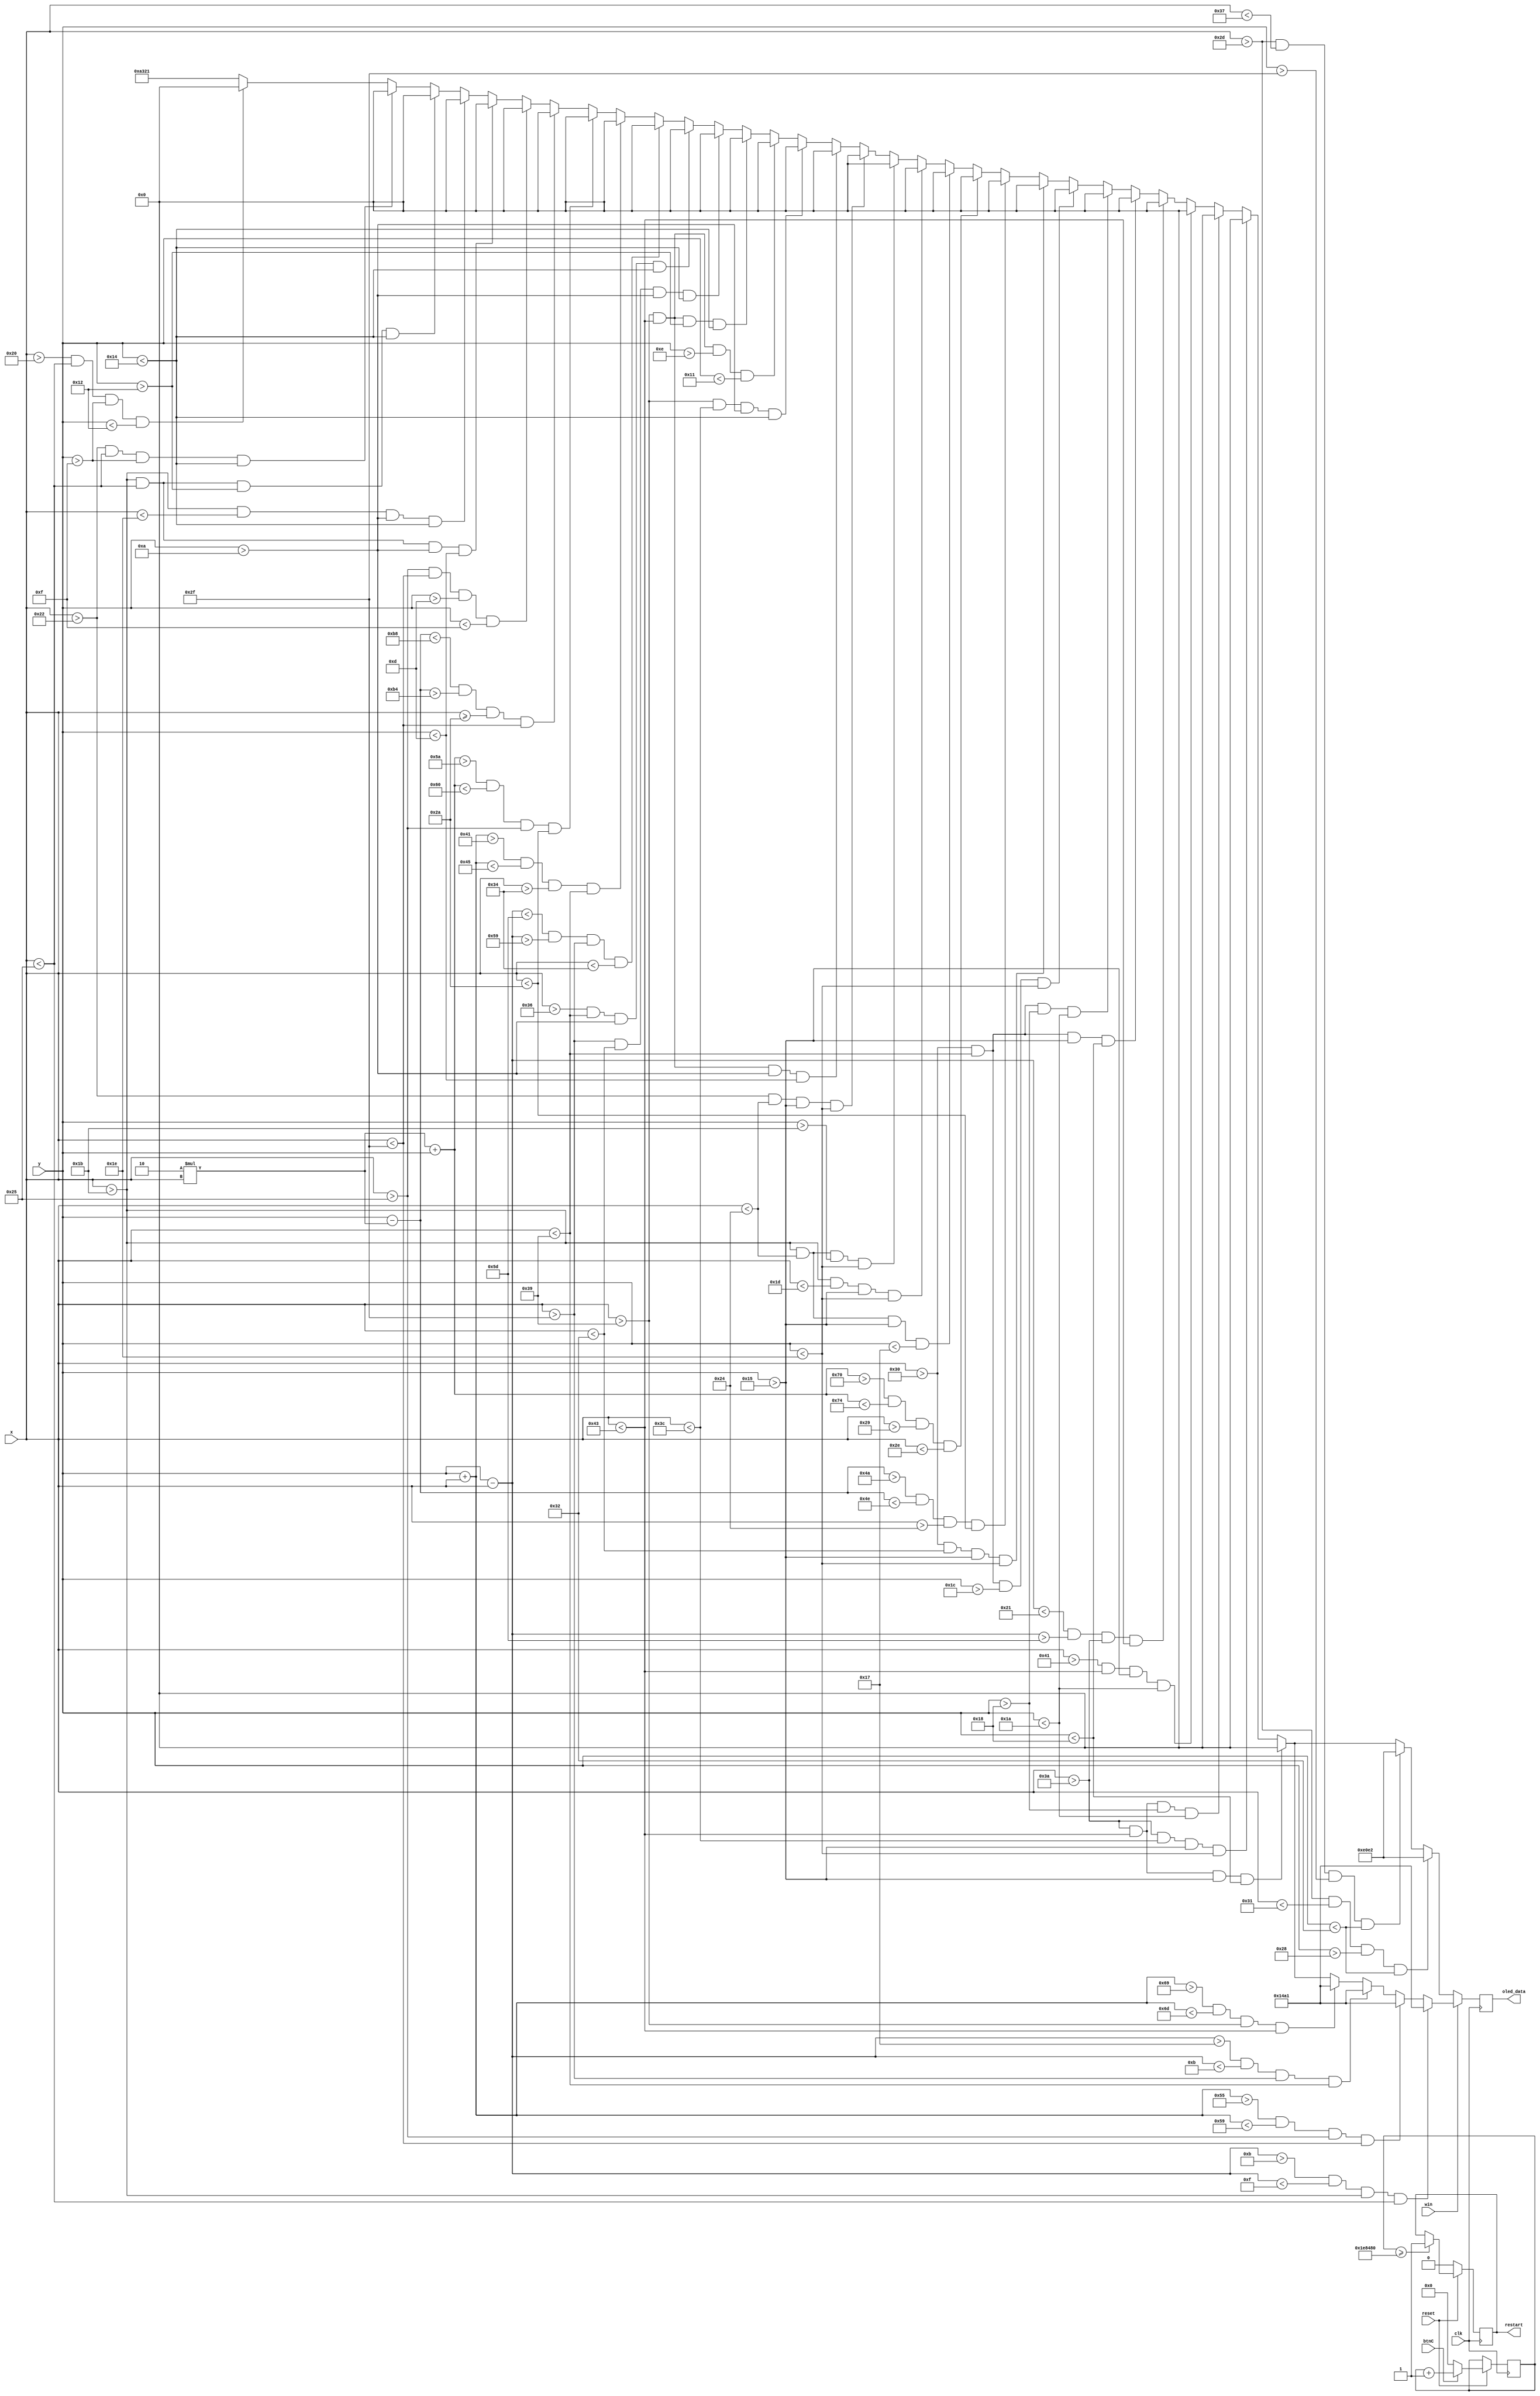
`timescale 1ns / 1ps
//////////////////////////////////////////////////////////////////////////////////
// Company: 
// Engineer: 
// 
// Design Name: 
// Module Name: end_screen
// Project Name: 
// Target Devices: 
// Tool Versions: 
// Description: 
// 
// Dependencies: 
// 
// Revision:
// Revision 0.01 - File Created
// Additional Comments:
// 
//////////////////////////////////////////////////////////////////////////////////


module end_screen(
    input [63:0] x,
    input [63:0] y,
    input clk,
    input btnC,
    input win,
    input reset,
    output reg [15:0] oled_data,
    output reg restart = 0
    );
    
    reg btnC_prev = 0;
    reg [31:0] debounce;
    
    localparam [63:0] centerx = 47;
    localparam [63:0] centery = 31;
    localparam [15:0] brown = 16'b10100_011001_00001;
    localparam [15:0] black = 16'b00000_000000_00000;
    localparam [15:0] red = 16'b11100_000111_00010;
    localparam [15:0] green = 16'b00010_100101_00001;
    
    always @ (posedge clk) begin
        oled_data <= brown;
        
        //G
        if (x>centerx - 20 && x< centerx-10 && y >10 && y< 13) begin
            oled_data <= black;
        end
        else if (x >centerx-20 && x < centerx-17 && y>10 && y<20) begin
            oled_data <= black;
        end
        else if (x > centerx-20 && x < centerx-10 && y>18 && y<20) begin
            oled_data <= black;
        end
        else if (x > centerx-13 && x < centerx-10 && y>15 && y <20) begin
            oled_data <= black;
        end
        else if ( x>centerx-15 && x<centerx-10 && y>15 && y<18) begin
            oled_data <= black;
        end
        
        //A
        if ($signed(2*x + y) > 90 && $signed(2*x + y) <96 && x>centerx-10 && x<centerx-5 ) begin
            oled_data <= black;
        end
        else if ($signed(y-2*x)< -72 && $signed(y-2*x)>-76 && x>=centerx-5 && x<centerx) begin
            oled_data <= black;
        end
        else if (x>centerx-10&& x<centerx && y>13 && y<15) begin
            oled_data <= black;
        end
        
        //M
        if (x > centerx && x < centerx +3 && y >10 && y <20) begin
            oled_data <= black;
        end
        else if ( x > centerx+7 && x<centerx+10 && y>10 && y<20) begin
            oled_data <= black;
        end
        else if ( $signed(y-x) < -35 &&$signed(y-x)>-39 && x>centerx && x<centerx+5) begin
            oled_data <= black;
        end
        else if ( $signed(x+y) > 65 && $signed(x+y) < 69 && x>centerx+5&& x<centerx+10) begin
            oled_data <= black;
        end
        
        //E 
        if (x>centerx+10 && x<centerx+20 && y>10 && y<13) begin
            oled_data <= black;
        end
        else if (x>centerx+10 && x<centerx +13 && y>10 && y<20) begin
            oled_data <= black;
        end
        else if (x> centerx+10 && x <centerx+20 && y>14&& y<17) begin
            oled_data<= black;
        end
        else if (x> centerx+10 && x<centerx+20 && y>18 && y<20) begin
            oled_data <= black;
        end
        
        //O next line
        if ( x> centerx-20 && x <centerx-11 && y > 21 && y<23) begin
            oled_data <= black;
        end
        else if ( x>centerx-20 && x <centerx - 18 && y>21 && y<30) begin
            oled_data <= black;
        end
        else if ( x> centerx-20 && x < centerx -11 && y >27 && y<30 ) begin
            oled_data <= black;
        end
        else if (x > centerx -13 && x<centerx-11 && y>21 && y<30) begin
            oled_data <= black;
        end
        
        // V
        if ( $signed(y - 2*x) > -54 && $signed(y - 2*x) < -50 && x> centerx-11 && x <centerx-5) begin
            oled_data <= black;
        end
        else if ( $signed(y +2*x) > 112 && $signed(y +2*x) <116 && x>centerx-6 && x<centerx-1) begin
            oled_data <= black;
        end
        
        // E
        if ( x > centerx+1 && x< centerx+10 && y> 21 && y <24) begin
            oled_data <= black;
        end
        else if ( x > centerx+1 && x< centerx+10 && y>24 && y <26) begin
            oled_data <= black;
        end
        else if ( x > centerx+1 && x< centerx+10 && y>28 && y<30) begin
            oled_data <= black;
        end
        else if (x >centerx+1 && x<centerx+3 && y>21 && y<30) begin
            oled_data <= black;
        end
        
        //R
        if ( x > centerx+11 && x < centerx+20 && y>21 && y<24) begin
            oled_data <= black;
        end
        else if (x > centerx+11 && x< centerx+13 && y>21&& y<30) begin
            oled_data <= black;
        end
        else if ( x> centerx+11 && x<centerx+20 && y>24&& y<26) begin
            oled_data <= black;
        end
        else if (x > centerx+18 && x<centerx+20 && y>21 && y<26 ) begin
            oled_data <= black;
        end
        else if ($signed(y - x) < -31 && $signed(y - x)> -35 && x > centerx+11 && x<centerx+20 ) begin
            oled_data <= black;
        end
        
        
        // W 13,87,-7,107 
        if ( win) begin
            if ($signed(y-x) > 11 &&$signed(y-x) < 15 && x >27&& x<37) begin
            oled_data <= green;
            end
            else if ($signed(y+x) > 85 && $signed(y+x) < 89 &&x>37 && x<47) begin
            oled_data <= green;
            end
            else if ( $signed(y-x) > -9 &&$signed(y-x) < -5&& x>47&& x<57) begin
            oled_data <= green;
            end
            else if ( $signed(y+x) > 105&& $signed(y+x) < 109 && x >57 && x<67) begin
            oled_data <= green;
            end
        end
        else if (win == 0) begin 
            // L 
            if (x > centerx-2 && x < centerx+2&& y > 40 && y <50) begin
                oled_data <= red;
            end
            else if ( x> centerx -2 && x < centerx+8 && y >47 && y<50) begin
                oled_data <= red;
            end
        end
        
//        if (btnC && !btnC_prev) begin
//           restart <= 1;
//        end else begin
//           restart <= 0;
//        end
//        btnC_prev <= btnC;

        if (reset) begin
            if (btnC) debounce <= debounce + 1;
            else debounce <= 0;
            if (debounce >= 2000000) restart <= 1;
        end else restart <= 0;
        
     
    end
    
endmodule